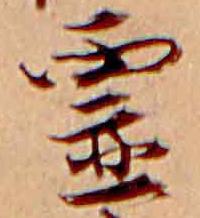
霊